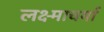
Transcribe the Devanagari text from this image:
लक्ष्माचर्या